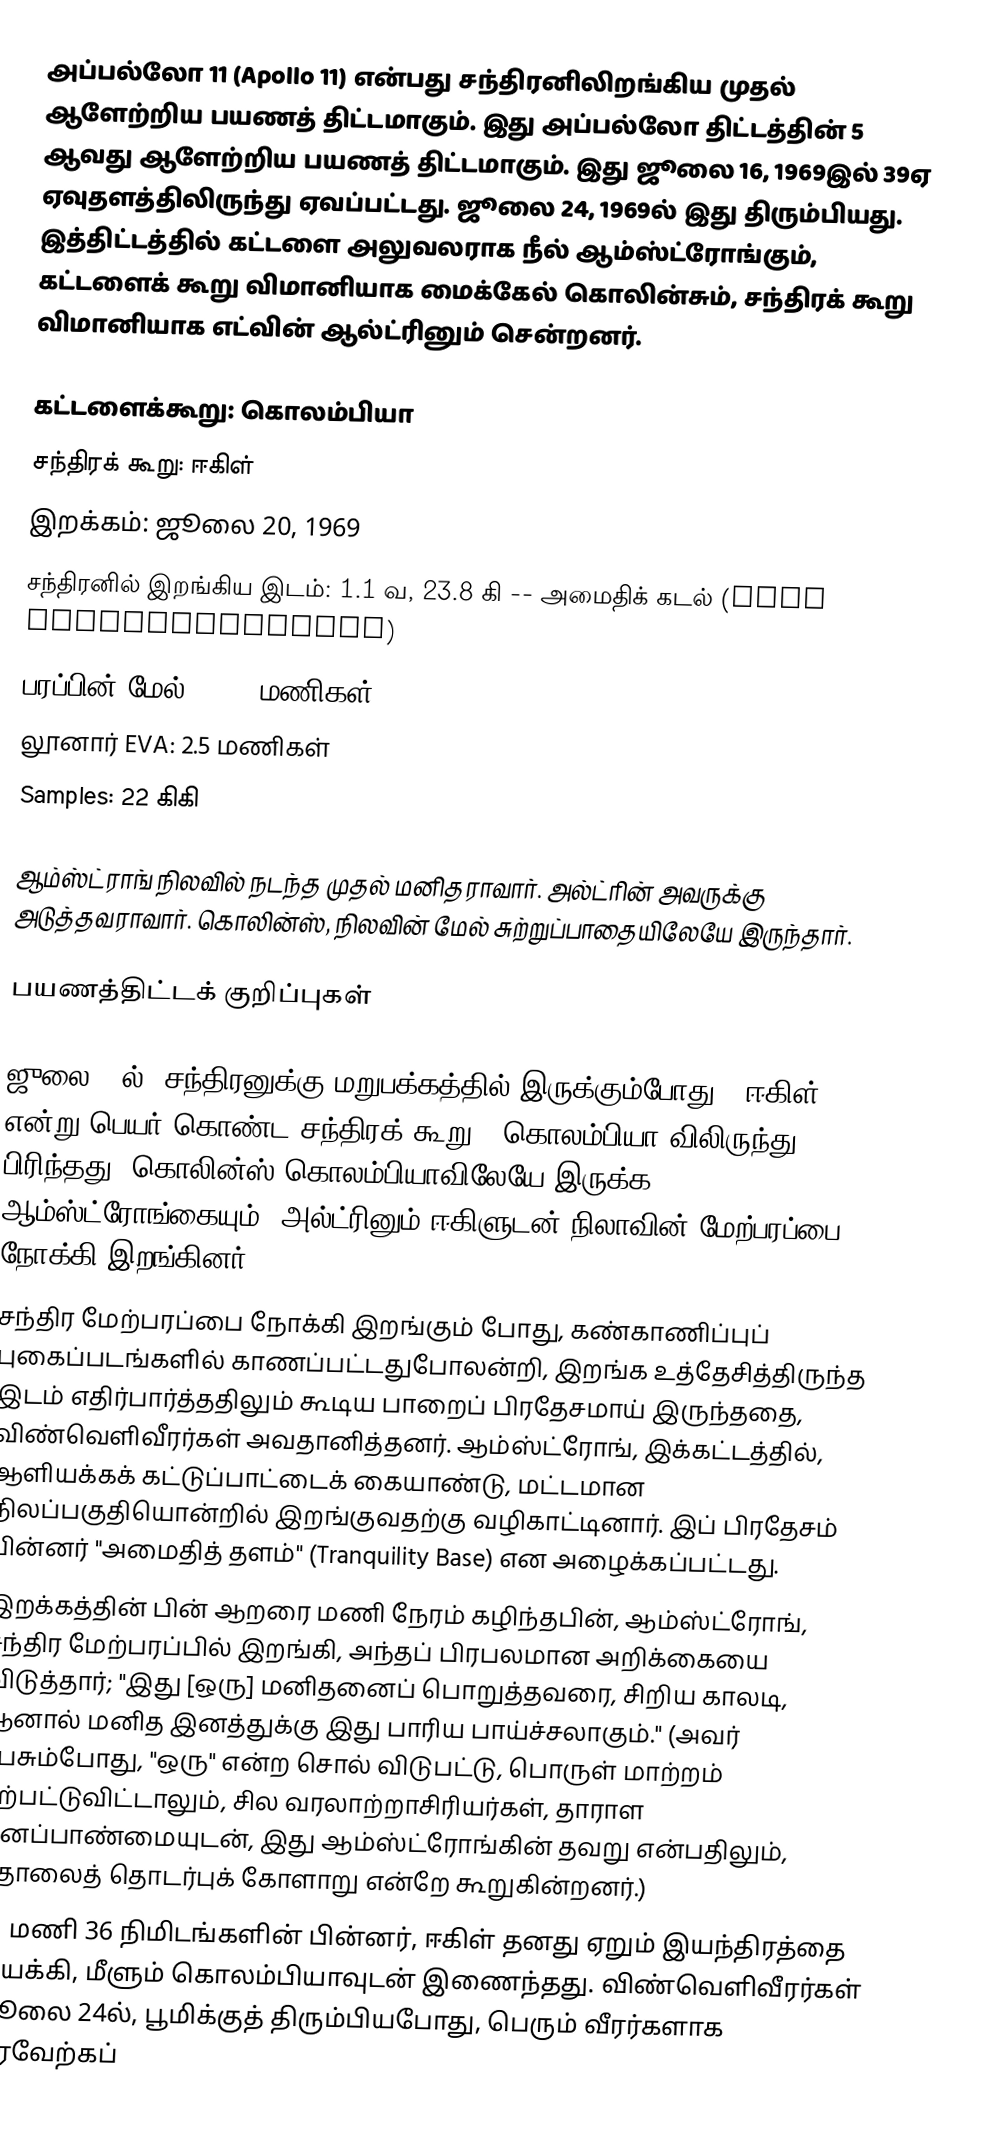
அப்பல்லோ 11 (Apollo 11) என்பது சந்திரனிலிறங்கிய முதல் ஆளேற்றிய பயணத் திட்டமாகும். இது அப்பல்லோ திட்டத்தின் 5 ஆவது ஆளேற்றிய பயணத் திட்டமாகும். இது ஜூலை 16, 1969இல் 39ஏ ஏவுதளத்திலிருந்து ஏவப்பட்டது. ஜூலை 24, 1969ல் இது திரும்பியது. இத்திட்டத்தில் கட்டளை அலுவலராக நீல் ஆம்ஸ்ட்ரோங்கும், கட்டளைக் கூறு விமானியாக மைக்கேல் கொலின்சும், சந்திரக் கூறு விமானியாக எட்வின் ஆல்ட்ரினும் சென்றனர்.

கட்டளைக்கூறு: கொலம்பியா
சந்திரக் கூறு: ஈகிள்
இறக்கம்: ஜூலை 20, 1969
சந்திரனில் இறங்கிய இடம்: 1.1 வ, 23.8 கி -- அமைதிக் கடல் (Mare Tranquillitatis)
பரப்பின் மேல்: 21.6 மணிகள்
லூனார் EVA: 2.5 மணிகள்
Samples: 22 கிகி

ஆம்ஸ்ட்ராங் நிலவில் நடந்த முதல் மனிதராவார். அல்ட்ரின் அவருக்கு அடுத்தவராவார். கொலின்ஸ், நிலவின் மேல் சுற்றுப்பாதையிலேயே இருந்தார்.

பயணத்திட்டக் குறிப்புகள்

 ஜுலை 20ல், சந்திரனுக்கு மறுபக்கத்தில் இருக்கும்போது, "ஈகிள்" என்று பெயர் கொண்ட சந்திரக் கூறு, "கொலம்பியா"விலிருந்து பிரிந்தது. கொலின்ஸ் கொலம்பியாவிலேயே இருக்க, ஆம்ஸ்ட்ரோங்கையும், அல்ட்ரினும் ஈகிளுடன் நிலாவின் மேற்பரப்பை நோக்கி இறங்கினர்.
 சந்திர மேற்பரப்பை நோக்கி இறங்கும் போது, கண்காணிப்புப் புகைப்படங்களில் காணப்பட்டதுபோலன்றி, இறங்க உத்தேசித்திருந்த இடம் எதிர்பார்த்ததிலும் கூடிய பாறைப் பிரதேசமாய் இருந்ததை, விண்வெளிவீரர்கள் அவதானித்தனர். ஆம்ஸ்ட்ரோங், இக்கட்டத்தில், ஆளியக்கக் கட்டுப்பாட்டைக் கையாண்டு, மட்டமான நிலப்பகுதியொன்றில் இறங்குவதற்கு வழிகாட்டினார். இப் பிரதேசம் பின்னர் "அமைதித் தளம்" (Tranquility Base) என அழைக்கப்பட்டது.
 இறக்கத்தின் பின் ஆறரை மணி நேரம் கழிந்தபின், ஆம்ஸ்ட்ரோங், சந்திர மேற்பரப்பில் இறங்கி, அந்தப் பிரபலமான அறிக்கையை விடுத்தார்; "இது [ஒரு] மனிதனைப் பொறுத்தவரை, சிறிய காலடி, ஆனால் மனித இனத்துக்கு இது பாரிய பாய்ச்சலாகும்." (அவர் பேசும்போது, "ஒரு" என்ற சொல் விடுபட்டு, பொருள் மாற்றம் ஏற்பட்டுவிட்டாலும், சில வரலாற்றாசிரியர்கள், தாராள மனப்பாண்மையுடன், இது ஆம்ஸ்ட்ரோங்கின் தவறு என்பதிலும், தொலைத் தொடர்புக் கோளாறு என்றே கூறுகின்றனர்.)
 21 மணி 36 நிமிடங்களின் பின்னர், ஈகிள் தனது ஏறும் இயந்திரத்தை இயக்கி, மீளும் கொலம்பியாவுடன் இணைந்தது. விண்வெளிவீரர்கள் ஜூலை 24ல், பூமிக்குத் திரும்பியபோது, பெரும் வீரர்களாக வரவேற்கப்